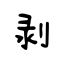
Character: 剥